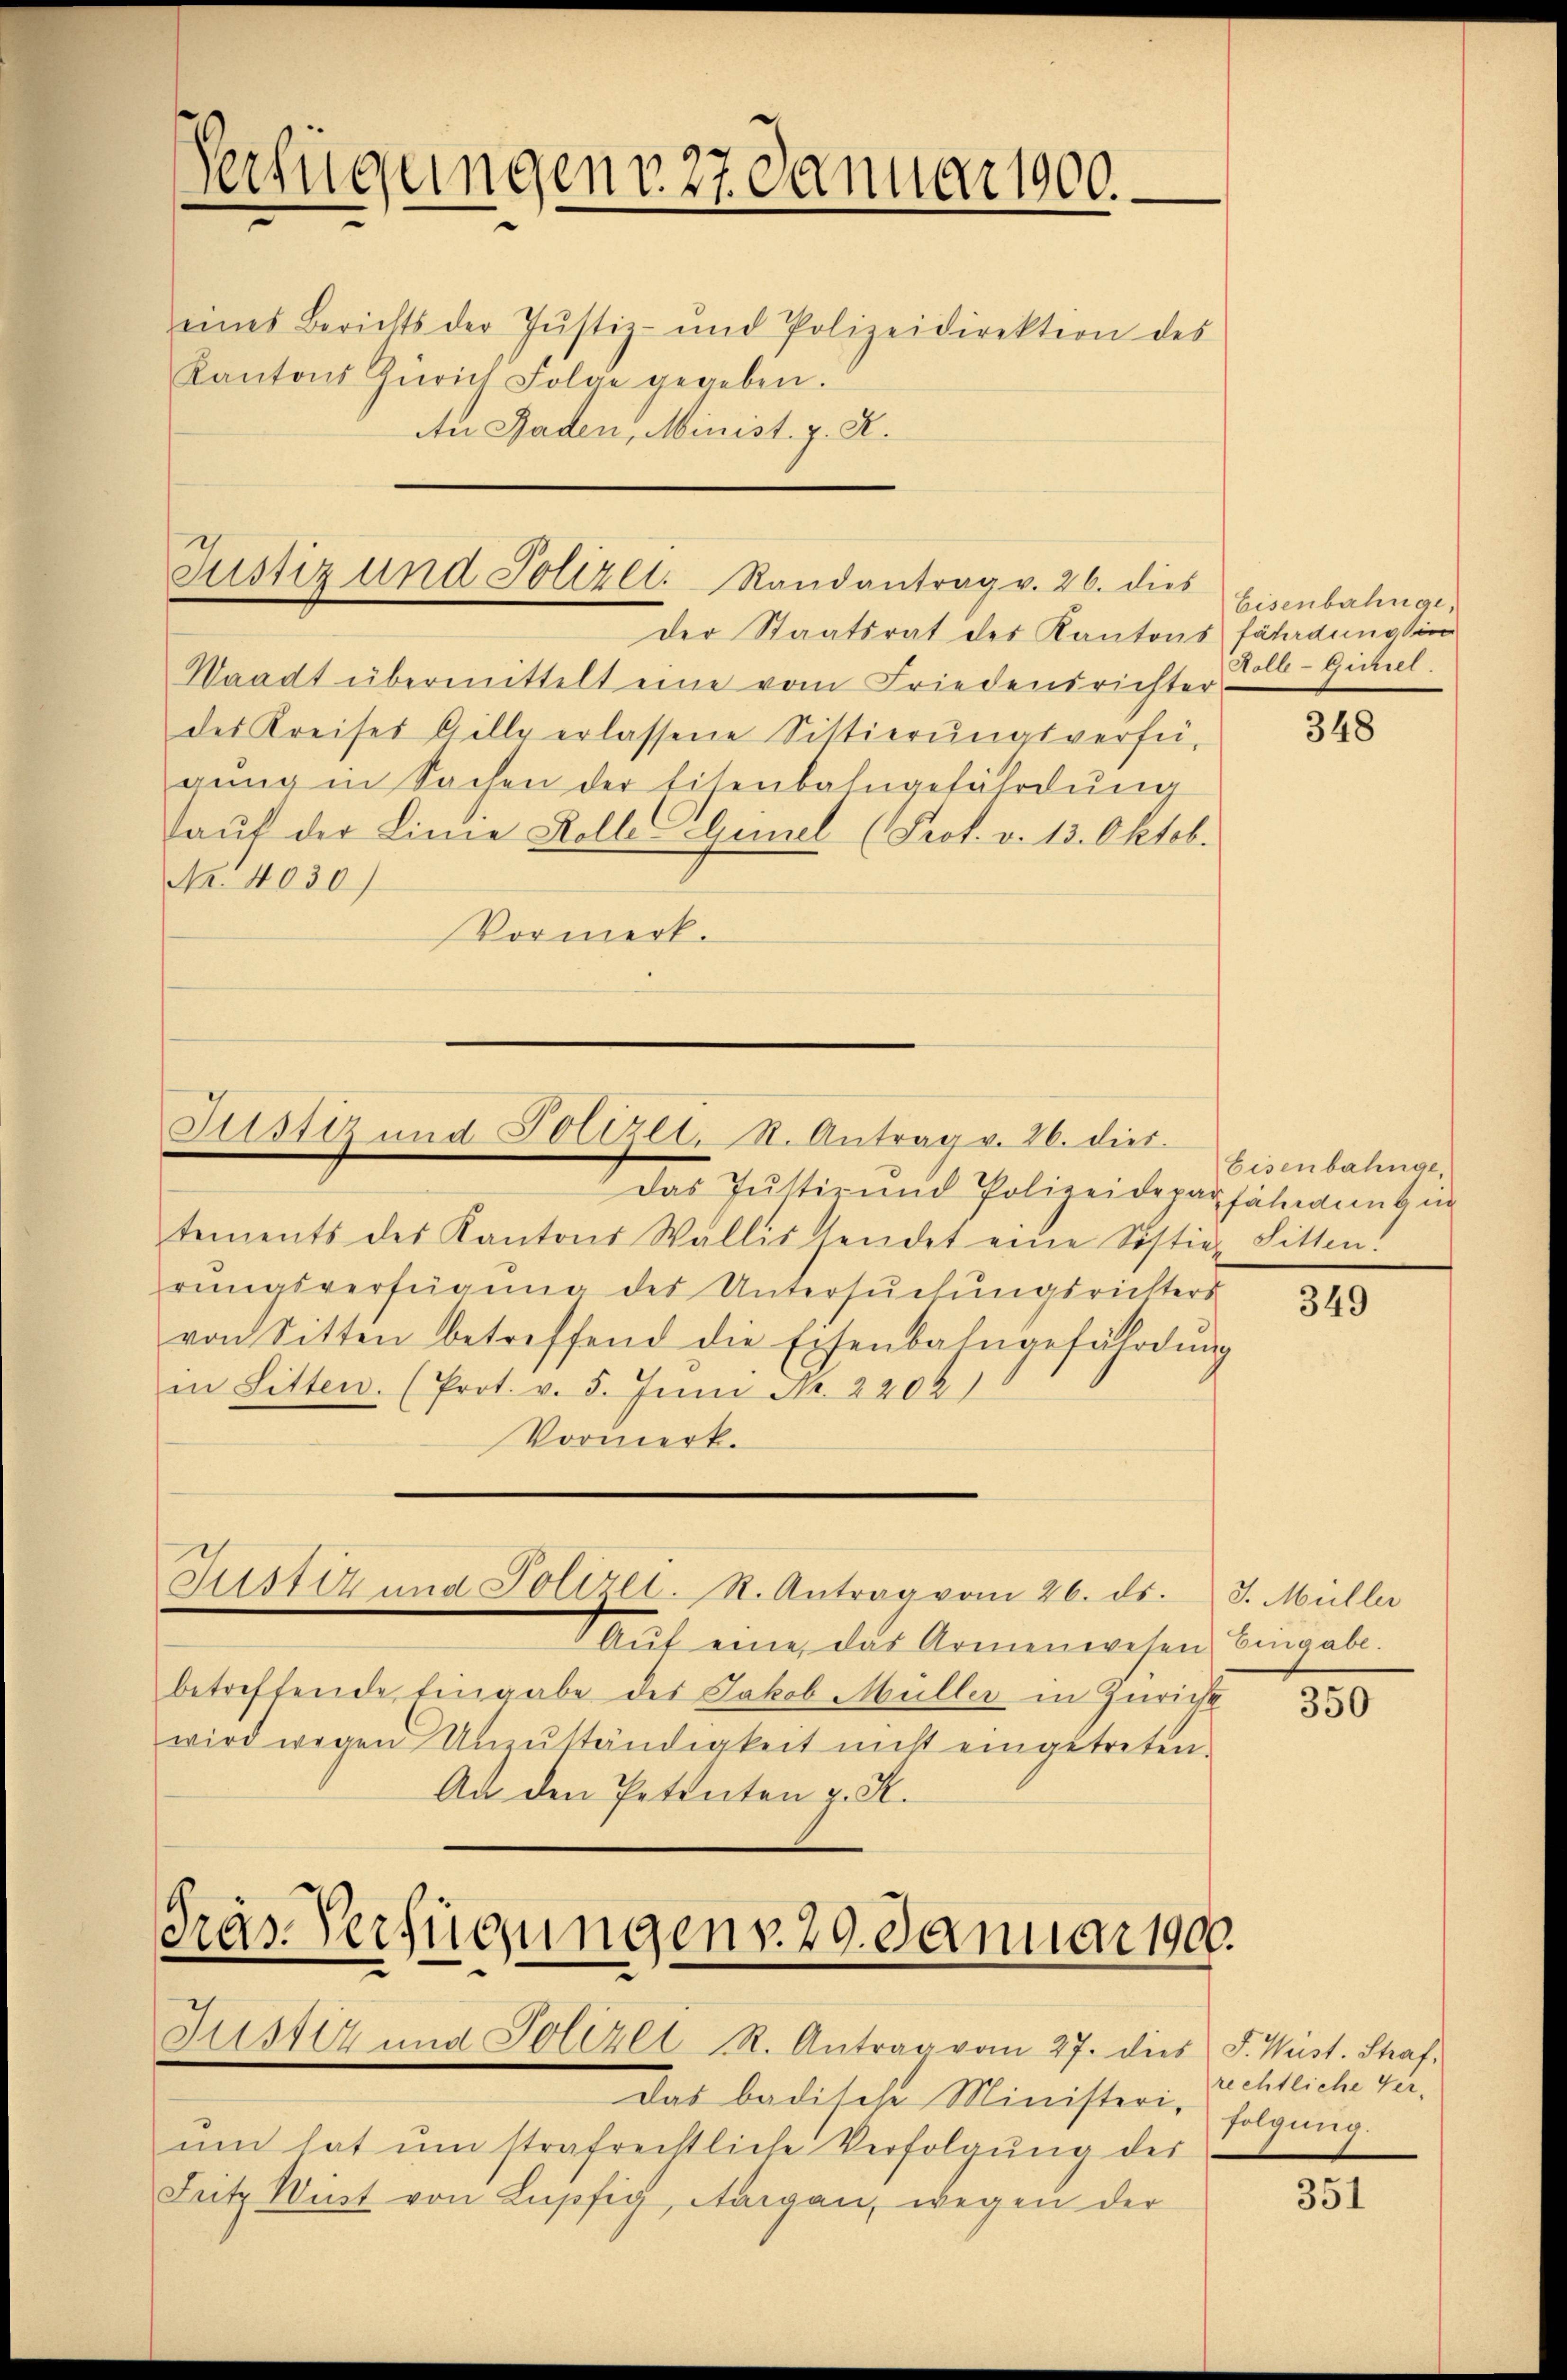
Verfügungen v. 27 Januar 1900
eines Berichts der Justiz- und Polizeidirektion des
Kantons Zürich Folge gegeben.
Au Raden, Minist. z. R.

Justiz und Polizet. Randantrag v. 26. dies

Fstiz und Polizel. St. Antrag v. 26. dies

der Staatsrat des Kantons fährdung sin
Waadt übermittelt eine vom Friedensrichter
des Kreises Gille erlassene Sittierŭngsverfü-
gŭng in Sachen der Eisenbahngefährdung
aut der Linie Kolle Genel (Prof. v. 13. Oktob.
No. 4030)
Vormerk.
Das Jŭstiz und Polizeideparfährannt in
tements des Kantons Wallis sendet eine Sistie-Sitten.
rŭngsverfügŭng des Untersŭchŭngsrichters
von Sitten betreffend die Eisenbahngefährdŭng
in Litten. (Prot. v. 5. Juni Nr. 2202)
Vormerk.
Justiz und Polizei. R. Antrag vom 26. ds. J. Müller
Aŭf eine das Armenwesen Eingabe.
betreffende Eingabe des Jakob Müller in Züricht
wird wegen Unzŭständigkeit nicht eingetreten.
An den Petenten z. R.

Präs. Verfügungen v. 29. Januar 1900.

Justiz und Polizei R. Antrag vom 27. dies J. Weist. Strafdas badische Ministeri, folgung
um hat ŭm strafrechtliche Verfolgung des
Fritz Wirst von Lupfig, Aargau, wegen der

Eisenbahnge,

Eisenbahnge,
Holle-Gickel.

348

349

350

rechtliche Ver¬

351